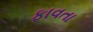
ફાવતા